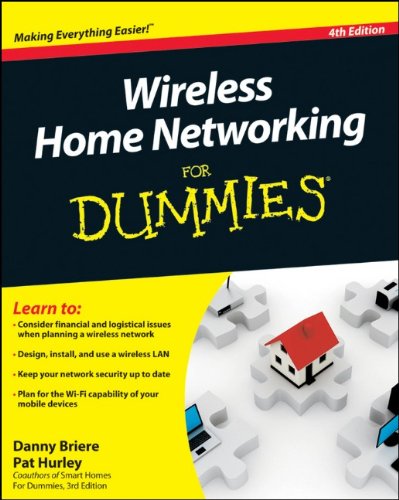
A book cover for Wireless Home Networking For Dummies, 4th Edition; Danny Briere; Computers & Technology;